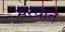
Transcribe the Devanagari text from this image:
सरघात